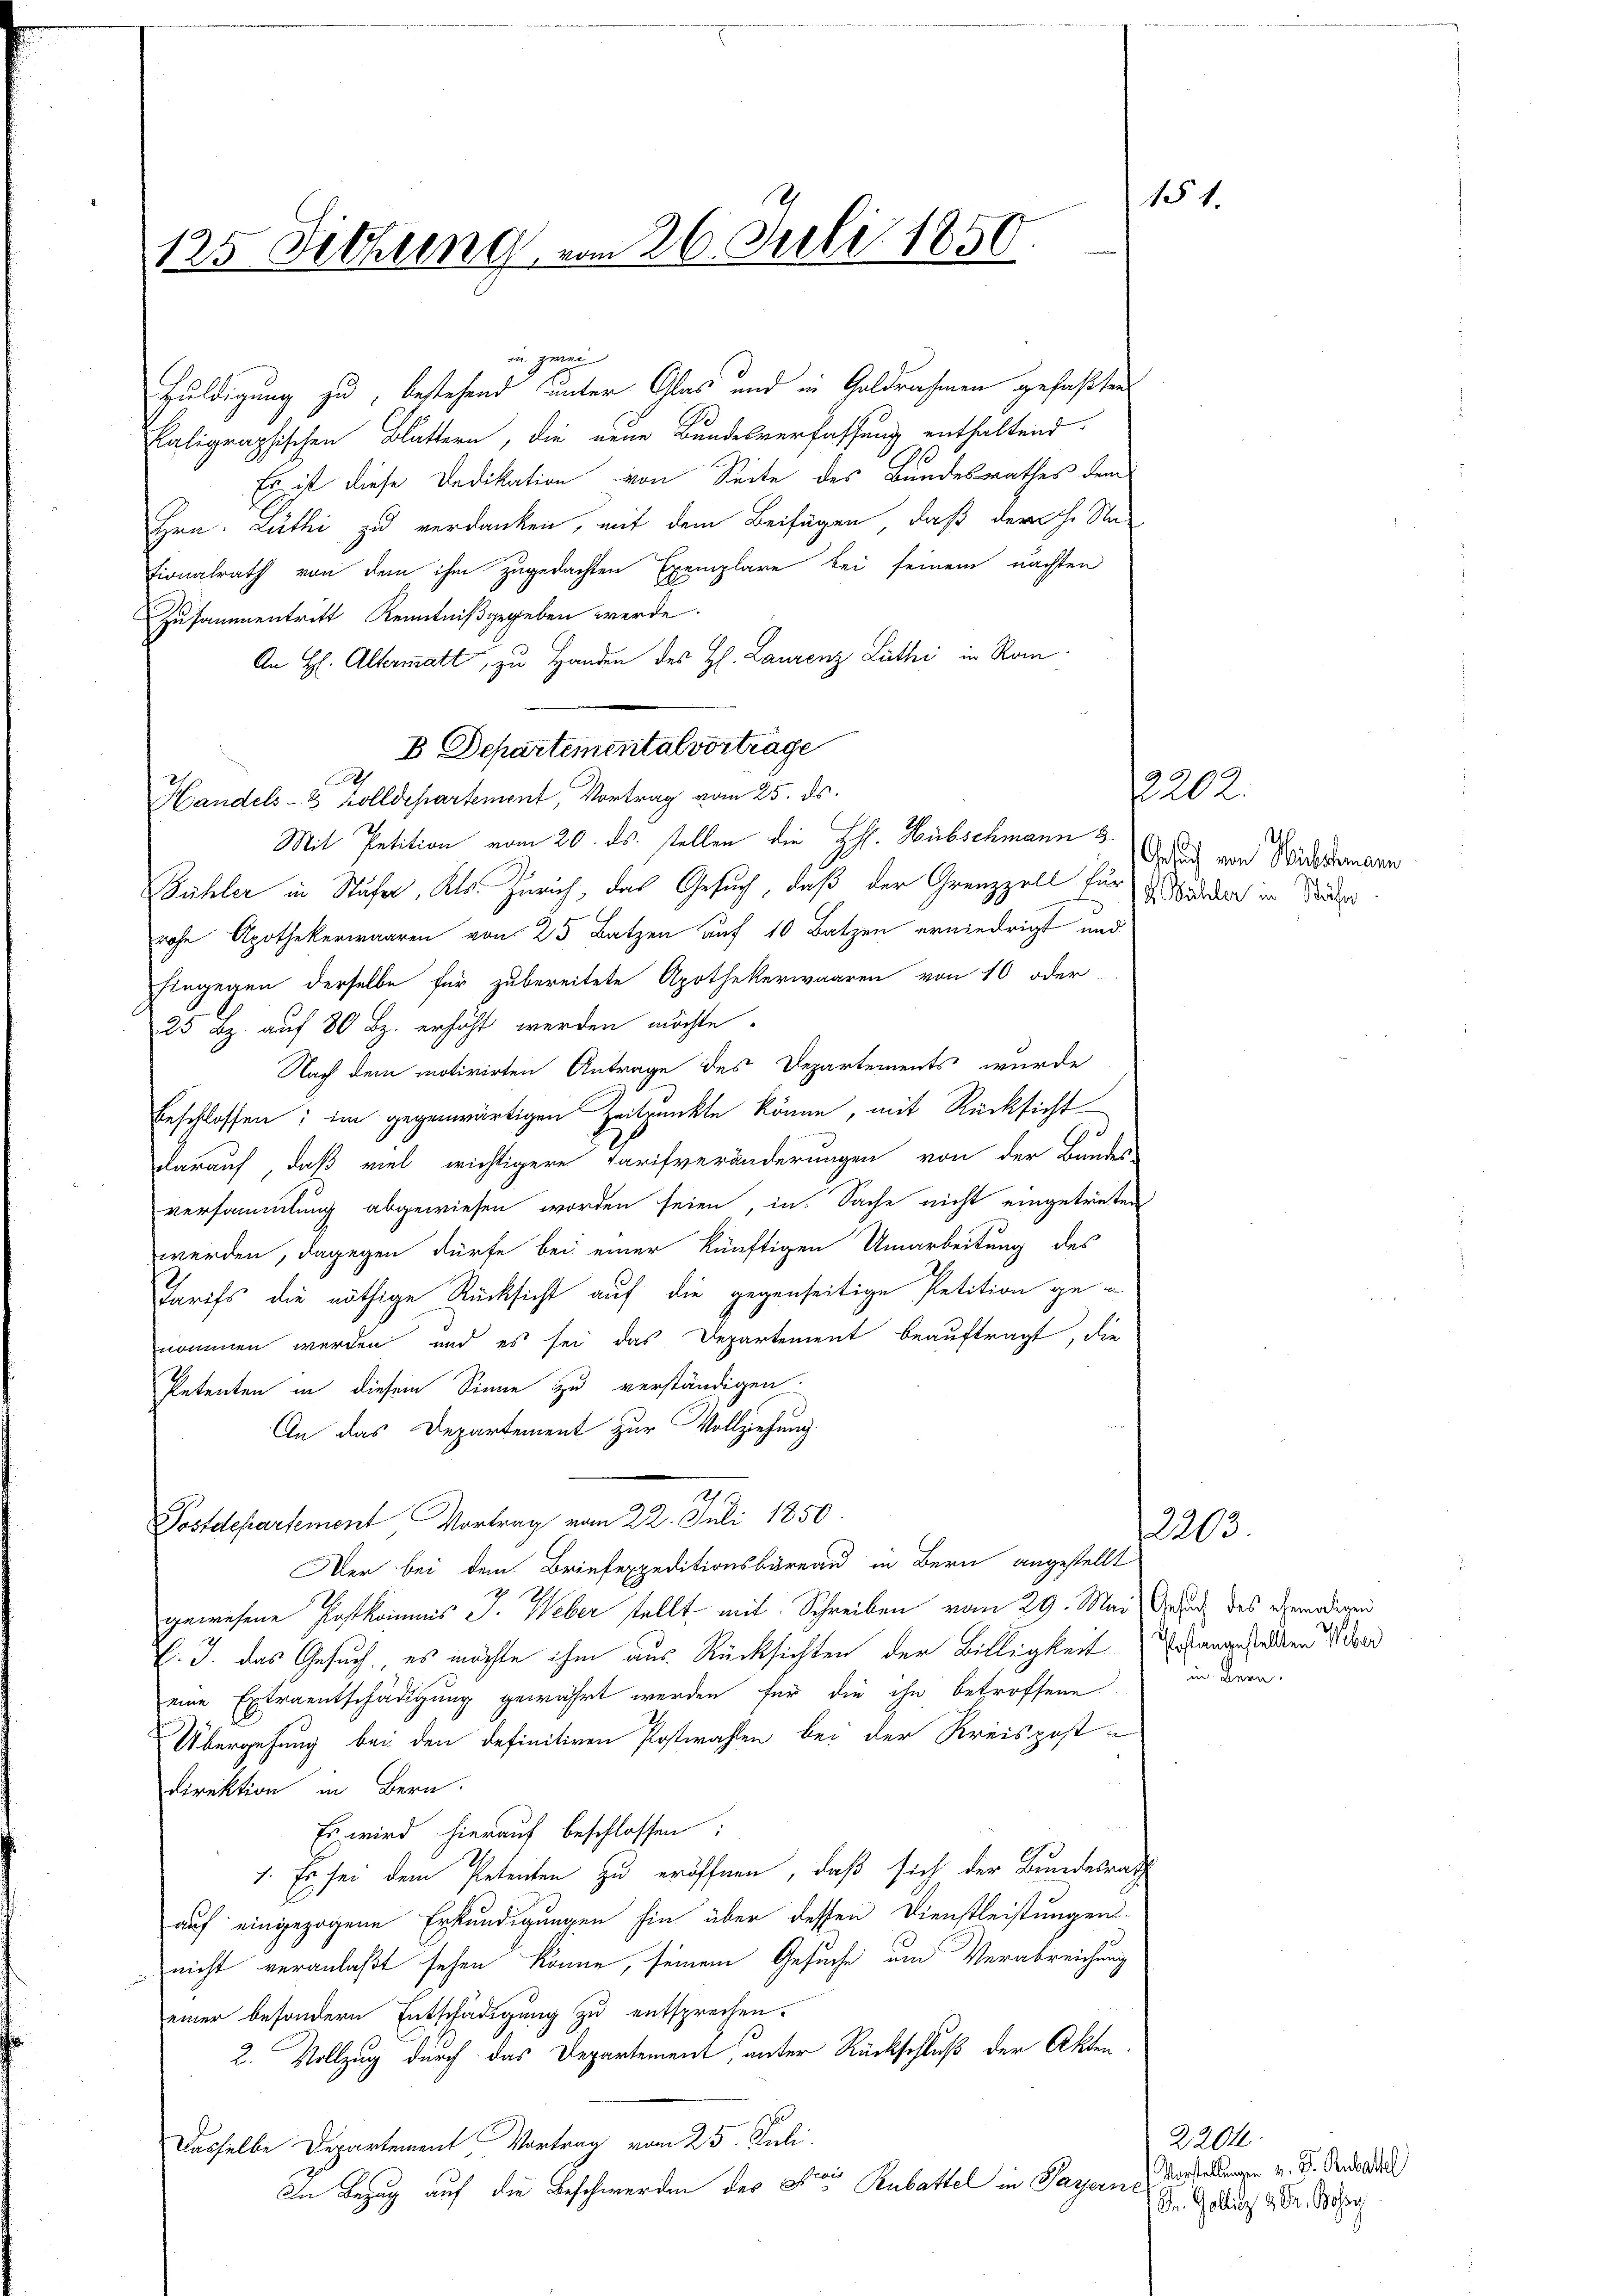
125 Sitzung vom 26. Juli 1850

in zwei
Huldigung zu, bestehend unter Glas und in Geldrahmen gefaßten
Kaligraphischen Blattern, die neue Bundesverfassung enthaltend
Es ist diese Dedikation von Seite des Bundesrathes dem
Hrn. Lüthi zu verdanken, mit dem Beifügen, daß der h. Na
tionalrath von dem ihm zugedachten Exemplare bei seinem nächten
Zusammentritt Kenntniß gegeben werde.
An H. Altermatt, zu Handen des H. Laurenz Luthi in Ran
e
Handels- & Zolldepartement, Vortrag vom 25. ds.
Mit Petition vom 20. ds. stellen die HH. Hübschmann sind von Widdermann
Bühler in Stufer, Kts. Zürich, das Gesuch, daß der Grenzzoll für dadurch in Seider
rohe Apothekerwaaren von 25 Batzen auf 10 Batzen erniedrigt und
Eingegen derselbe für zubereitete Apothekerwaaren von 10 oder
25 Bz. auf 80 Bz. erhöht werden möchte.
Nach dem motivirten Antrage des Departements wurde
beschlossen; im gegenwärtigen Zeitpunkte könne, mit Rücksicht
darauf, daß viel wichtigere Tarifveränderungen von der Bundes-
versammlung abgewiesen worden seien, in Sache nicht eingetreten
werden, dagegen dürfe bei einer künftigen Umarbeitung des
Tarifs, die nöthige Rücksicht auf die gegenseitige Petition genommen werden, und es sei das Departement beauftragt, die
Petenten in diesem Sinne zu verständigen.
An das Departement zur Vollziehung.
1211.
Postdepartement Vortrag vom 22. Juli 1850
Der bei dem Briefexpeditionsbüreau in Bern angestellt
gewesene Postkommis J. Weber stellt mit Schreiben vom 29. Mai Gut des genadigen
v. J. das Gesuch, es möchte ihm aus Rücksichten der Billigkeit
eine Extraentschädigung gewährt werden für die ihn betroffene
Übergehung bei den definitiven Postwahlen bei der Kreispost-
Direktion in Bern.
Es wird hierauf beschlossen:
1. Es sei dem Petenten zu eröffnen, daß sich der Bundesrath
auf eingezogene Erkundigungen hin über dessen Dienstleistungen
 nicht veranlaßt sehen könne, seinem Gesuche um Verabreichung
einer besondern Entschädigung zu entsprechen.
2. Vollzug durch das Departement, unter Rückschluß der Akten.
Dasselbe Departement Vortrag vom 25. Juli.
In Bezug auf die Beschwerden des Herr Rubattel in Parzern Arsenkungen v. J. Verda

B Departementalvortrage

2202.
h

151.

Postangestellten Weber
un. Bern.

1220.

2204
1 Fr. Gollinz & Dr. Boss